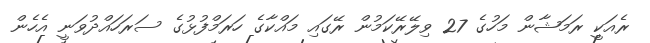
ރެއަކީ ރަމަޝާން މަހުގެ 27 ވިލޭރޭކަމުން ރޭގައި މައްކާގެ ހަރަމްފުޅުގެ ސަރަހައްދުވަނީ އެހެން